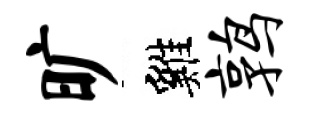
旷雞鹑